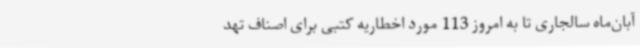
آبان‌ماه سالجاری تا به امروز 113 مورد اخطاریه کتبی برای اصناف تهد